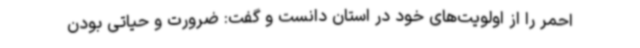
احمر را از اولویت‌های خود در استان دانست و گفت: ضرورت و حیاتی بودن